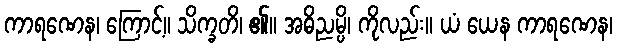
ကာရဏေန၊ ကြောင့်။ သိက္ခတိ၊ ၏။ အဓိညမ္ပိ၊ ကိုလည်း။ ယံ ယေန ကာရဏေန၊